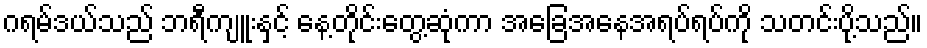
ဂရမ်ဒယ်သည် ဘရီကျူးနှင့် နေ့တိုင်းတွေ့ဆုံကာ အခြေအနေအရပ်ရပ်ကို သတင်းပို့သည်။